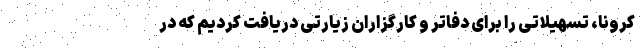
کرونا، تسهیلاتی را برای دفاتر و کارگزاران زیارتی دریافت کردیم که در